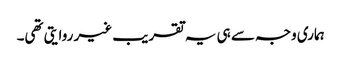
ہماری وجہ سے ہی یہ تقریب غیر روایتی تھی۔